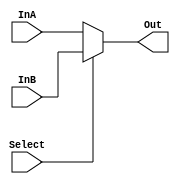
module Wbit_mux_2305001 #(parameter W=32)(InA,InB,Select,Out);
			output [W-1:0] Out;
			input  wire[W-1:0] InA,InB;
			input Select;
			genvar i;
				
				assign Out= Select ? InB: InA;
				
			
endmodule